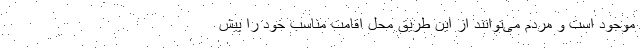
موجود است و مردم می‌توانند از این طریق محل اقامت مناسب خود را پیش